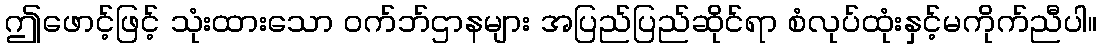
ဤဖောင့်ဖြင့် သုံးထားသော ဝက်ဘ်ဌာနများ အပြည်ပြည်ဆိုင်ရာ စံလုပ်ထုံးနှင့်မကိုက်ညီပါ။